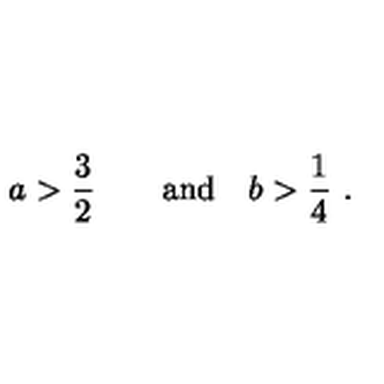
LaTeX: { { a } } > { \frac { 3 } { 2 } } \qquad \mathrm { a n d } \quad { { b } } > { \frac { 1 } { 4 } } \ .